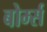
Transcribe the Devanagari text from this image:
बोर्म्स